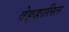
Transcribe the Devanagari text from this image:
वेङ्ङालिल